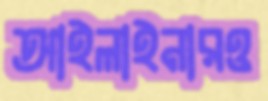
আইলাইনারও